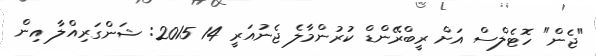
"ޖެން" ހޮޓެލްސް އަށް ރީބްރޭންޑް ކުރުންމާލެ ޖެނުއަރީ 14 2015: ޝަންގަރިއްލާ އިން